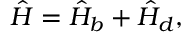
\hat { H } = \hat { H } _ { b } + \hat { H } _ { d } ,